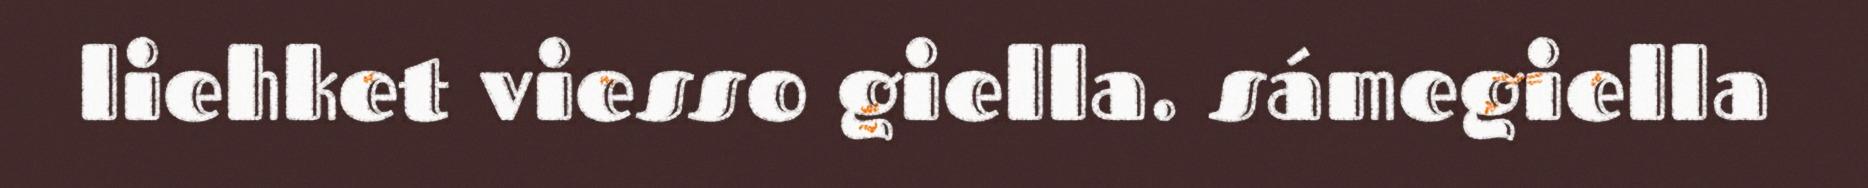
liehket viesso giella. sámegiella